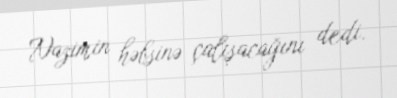
Nazimin həbsinə çalışacağını dedi.